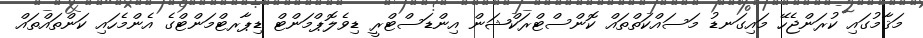
މަޤާމުގައި ކުރަންޖެހޭ މައިގަނޑު މަސައްކަތްތައް ކޮންސްޓްރަކްޝަން އިންޑަސްޓްރީ ޑިވެލޮޕްމަންޓް ޑިޕާރޓްމަންޓްގެ އެންމެހައި ކަންތައްތައް